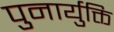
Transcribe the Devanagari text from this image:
पुनार्युक्ति